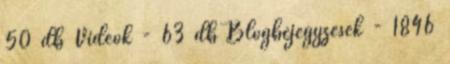
50 db Videók - 63 db Blogbejegyzések - 1846